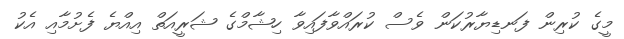
މީގެ ކުރިން ފަނޑިޔާރުކަން ވެސް ކުރައްވާފައިވާ ހިޝާމްގެ ޝަރީއަތް އިއްޔެ ފެށުމާއި އެކު